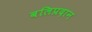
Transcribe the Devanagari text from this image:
बलिप्रदान